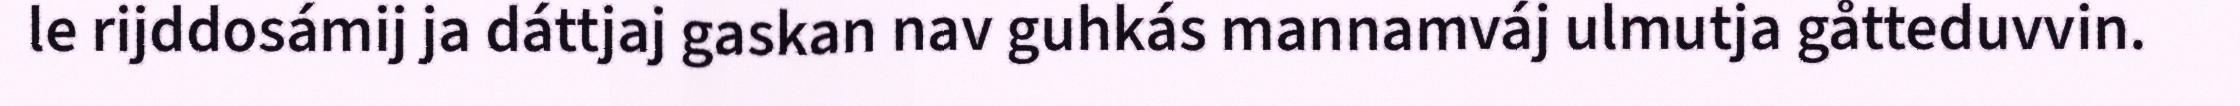
le rijddosámij ja dáttjaj gaskan nav guhkás mannamváj ulmutja gåtteduvvin.